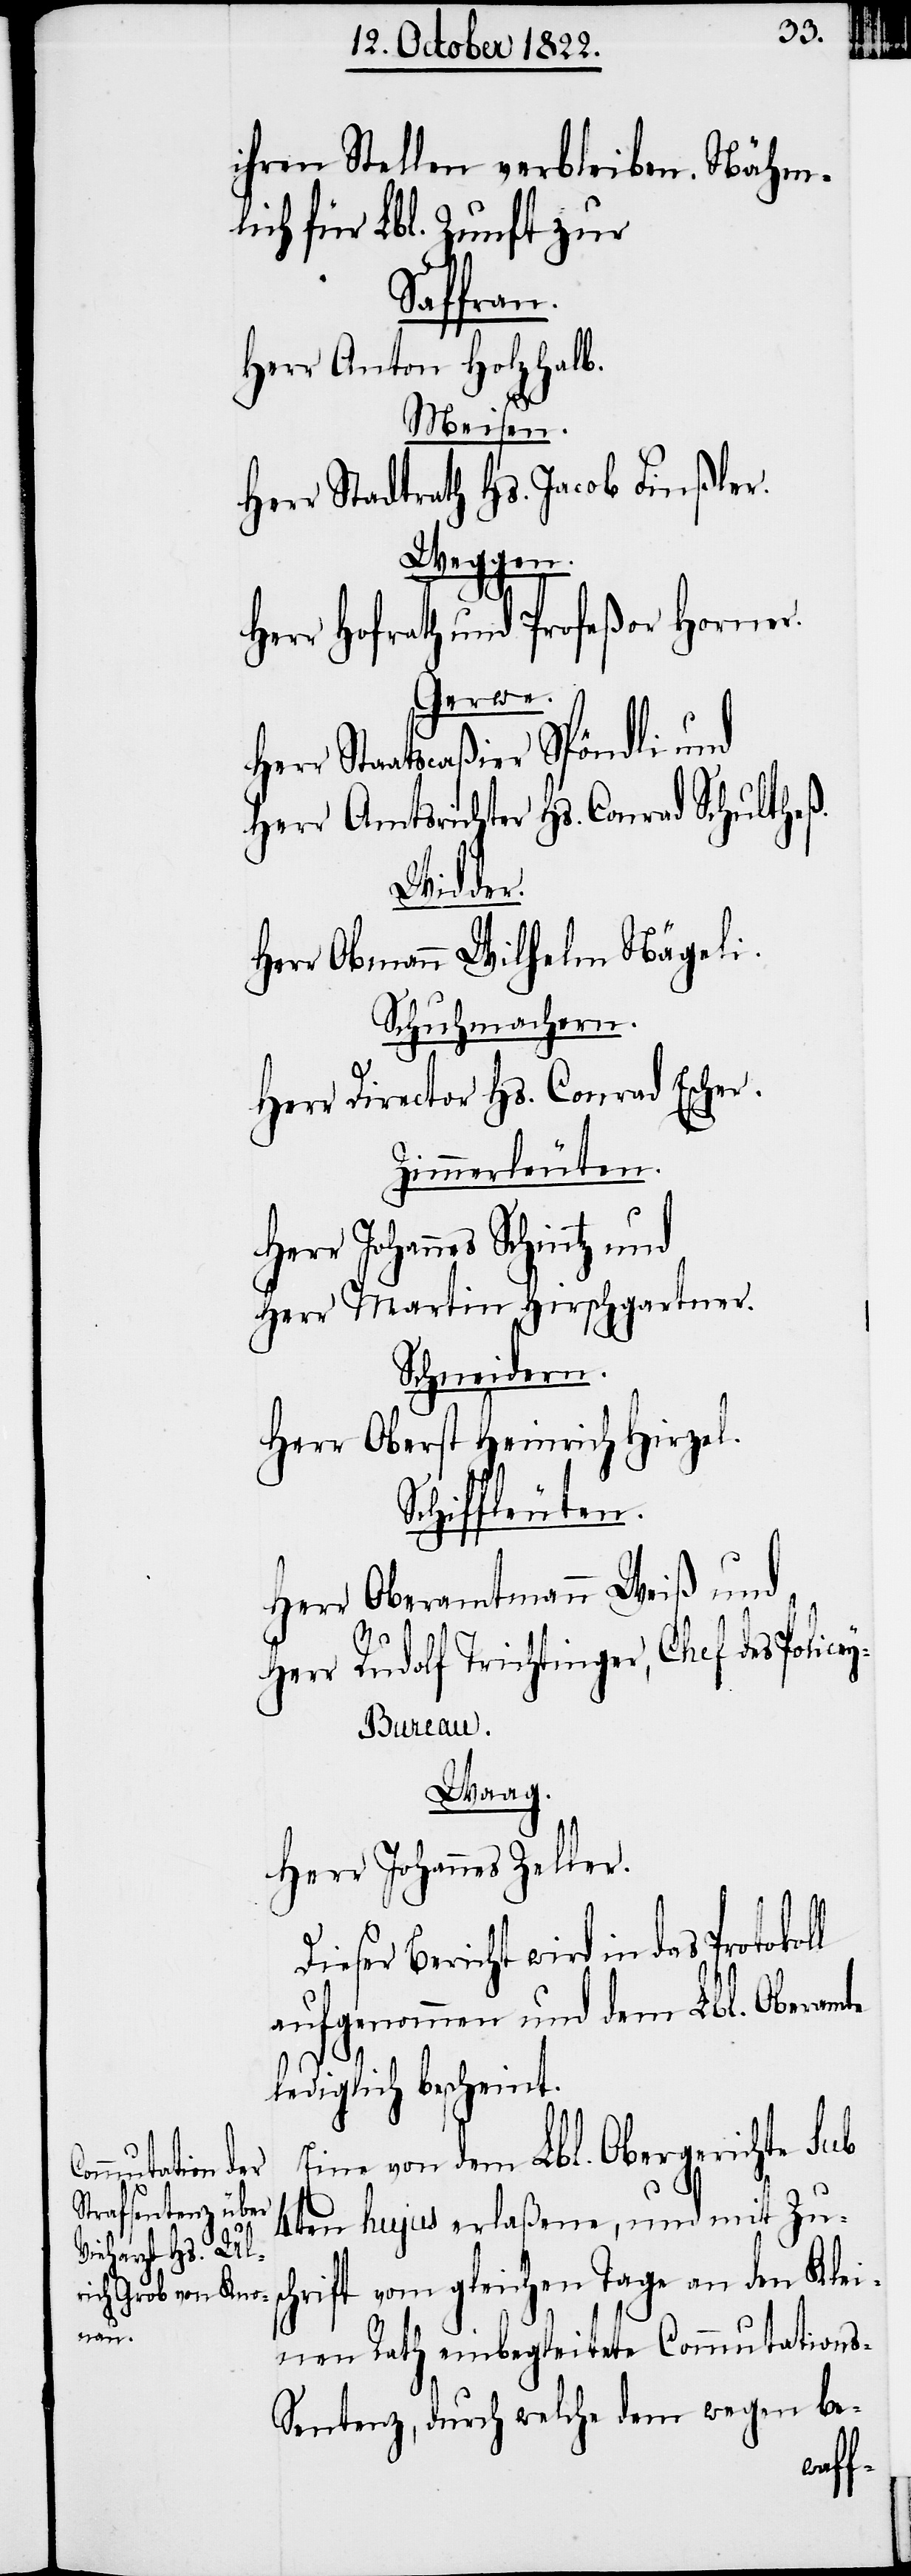
ihren Stellen verbleiben. Nähm¬
lich für Lbl. Zunft zur
Saffran.
Herr Anton Holzhalb.
Meisen.
Herr Stadtrath Hs. Jacob Finßler.
Weggen.
Herr Hofrath und Profeßor Horner.
Gerwe.
Herr Staatscaßier Spöndli und
Herr Amtsrichter Hs. Conrad Schultheß.
Widder.
Herr Obmann Wilhelm Nägeli.
Schuhmachern.
Herr Director Hs. Conrad Escher.
Zimmerleuten.
Herr Johannes Schintz und
Herr Martin Hirschgartner.
Schneidern.
Herr Oberst Heinrich Hirzel.
Schiffleuten.
Herr Oberamtmann Weiß und
Herr Rudolf Trichtinger, Chef des Polic¬
ey-Bureau.
Waag.
Herr Johannes Zeller.
Dieser Bericht wird in das
aufgenommen und dem Lbl. Oberamte
lediglich bescheint.
Eine von dem Lbl. Obergerichte sub
4ten hujus erlaßene, und mit Zusc¬
hrift vom gleichen Tage an den Klei¬
nen Rath einbegleitete Commutation¬
s-Sentenz, durch welche dem wegen be-